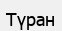
Түран